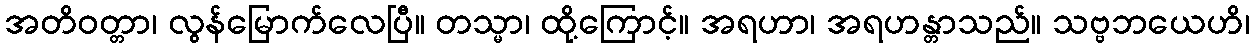
အတိဝတ္တာ၊ လွန်မြောက်လေပြီ။ တသ္မာ၊ ထို့ကြောင့်။ အရဟာ၊ အရဟန္တာသည်။ သဗ္ဗဘယေဟိ၊